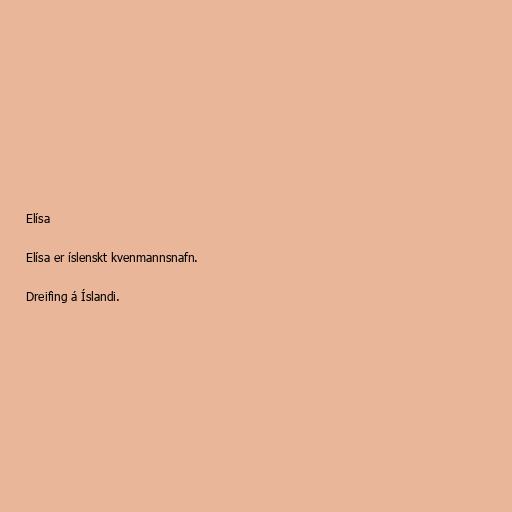
Elísa

Elísa er íslenskt kvenmannsnafn.

Dreifing á Íslandi.